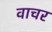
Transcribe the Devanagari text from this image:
वाचर